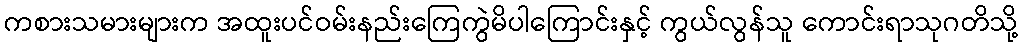
ကစားသမားများက အထူးပင်ဝမ်းနည်းကြေကွဲမိပါကြောင်းနှင့် ကွယ်လွန်သူ ကောင်းရာသုဂတိသို့